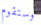
وستقوم